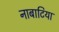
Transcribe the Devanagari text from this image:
नाबाटिया